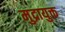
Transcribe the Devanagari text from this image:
मुद्रायुक्त